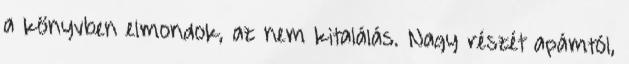
a könyvben elmondok, az nem kitalálás. Nagy részét apámtól,